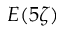
E ( 5 \zeta )